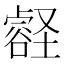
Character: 𫫽